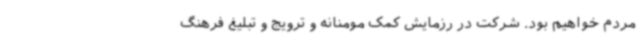
مردم خواهیم بود. شرکت در رزمایش کمک مومنانه و ترویج و تبلیغ فرهنگ